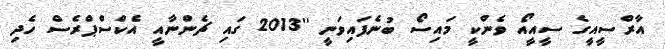
އާރްސީއީގެ ސީއީއޯ ވެންކީ މައިސޯ ބުނެފައިވަނީ ''2013 ގައި ޗެންނާއީ އެކްސްޕްރެސް ހެދި